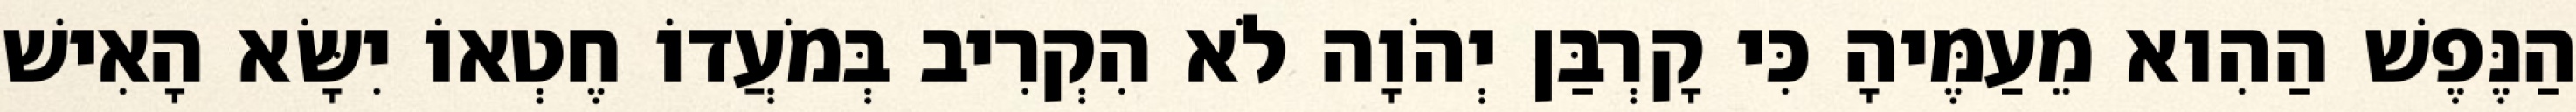
הַנֶּפֶשׁ הַהִוא מֵעַמֶּיהָ כִּי קָרְבַּן יְהֹוָה לֹא הִקְרִיב בְּמֹעֲדוֹ חֶטְאוֹ יִשָּׂא הָאִישׁ